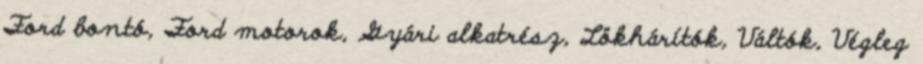
Ford bontó, Ford motorok, Gyári alkatrész, Lökhárítók, Váltók, Végleg